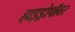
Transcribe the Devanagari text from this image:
हाइड्रोपॉवर